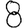
Digit: 8